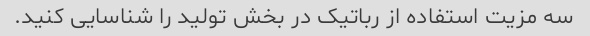
سه مزیت استفاده از رباتیک در بخش تولید را شناسایی کنید.